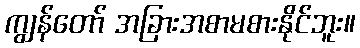
ကျွန်တော် အခြားအစာမစားနိုင်ဘူး။